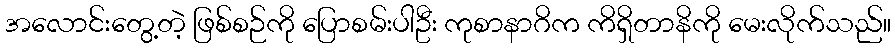
အလောင်းတွေ့တဲ့ ဖြစ်စဉ်ကို ပြောစမ်းပါဦး ကုစာနာဂိက ကိရှိတာနိကို မေးလိုက်သည်။